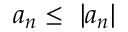
a _ { n } \leq \ \left| a _ { n } \right\vert